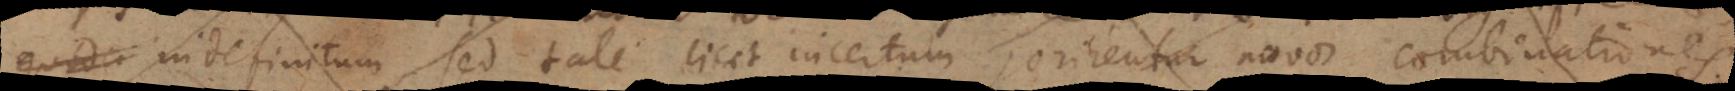
indefinitum, sed tale licet incertum, orirentur novae combinationes